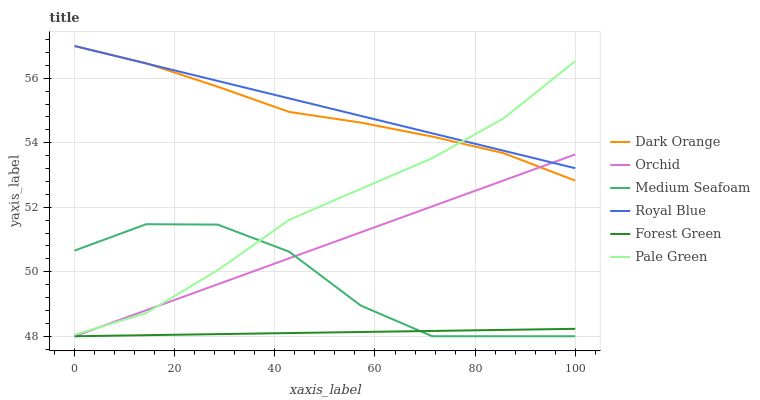
| xaxis_label | Dark Orange | Orchid | Medium Seafoam | Royal Blue | Forest Green | Pale Green |
 | --- | --- | --- | --- | --- | --- | --- |
 | 0 | 57 | 48 | 50.7 | 57 | 48 | 48 |
 | 14.3 | 56.5 | 48.8 | 51.5 | 56.5 | 48 | 48.7 |
 | 28.6 | 55.7 | 49.6 | 51.5 | 55.9 | 48.1 | 50 |
 | 42.9 | 55 | 50.4 | 50.6 | 55.4 | 48.1 | 51.6 |
 | 57.1 | 54.6 | 51.2 | 49 | 54.8 | 48.1 | 52.6 |
 | 71.4 | 54.2 | 52 | 48 | 54.3 | 48.2 | 53.5 |
 | 85.7 | 53.7 | 52.8 | 48 | 53.8 | 48.2 | 54.8 |
 | 100 | 52.8 | 53.6 | 48 | 53.2 | 48.2 | 56.5 |